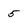
Character: 5